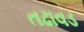
તઢાવડ